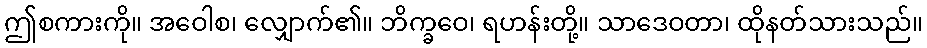
ဤစကားကို။ အဝေါစ၊ လျှောက်၏။ ဘိက္ခဝေ၊ ရဟန်းတို့။ သာဒေဝတာ၊ ထိုနတ်သားသည်။